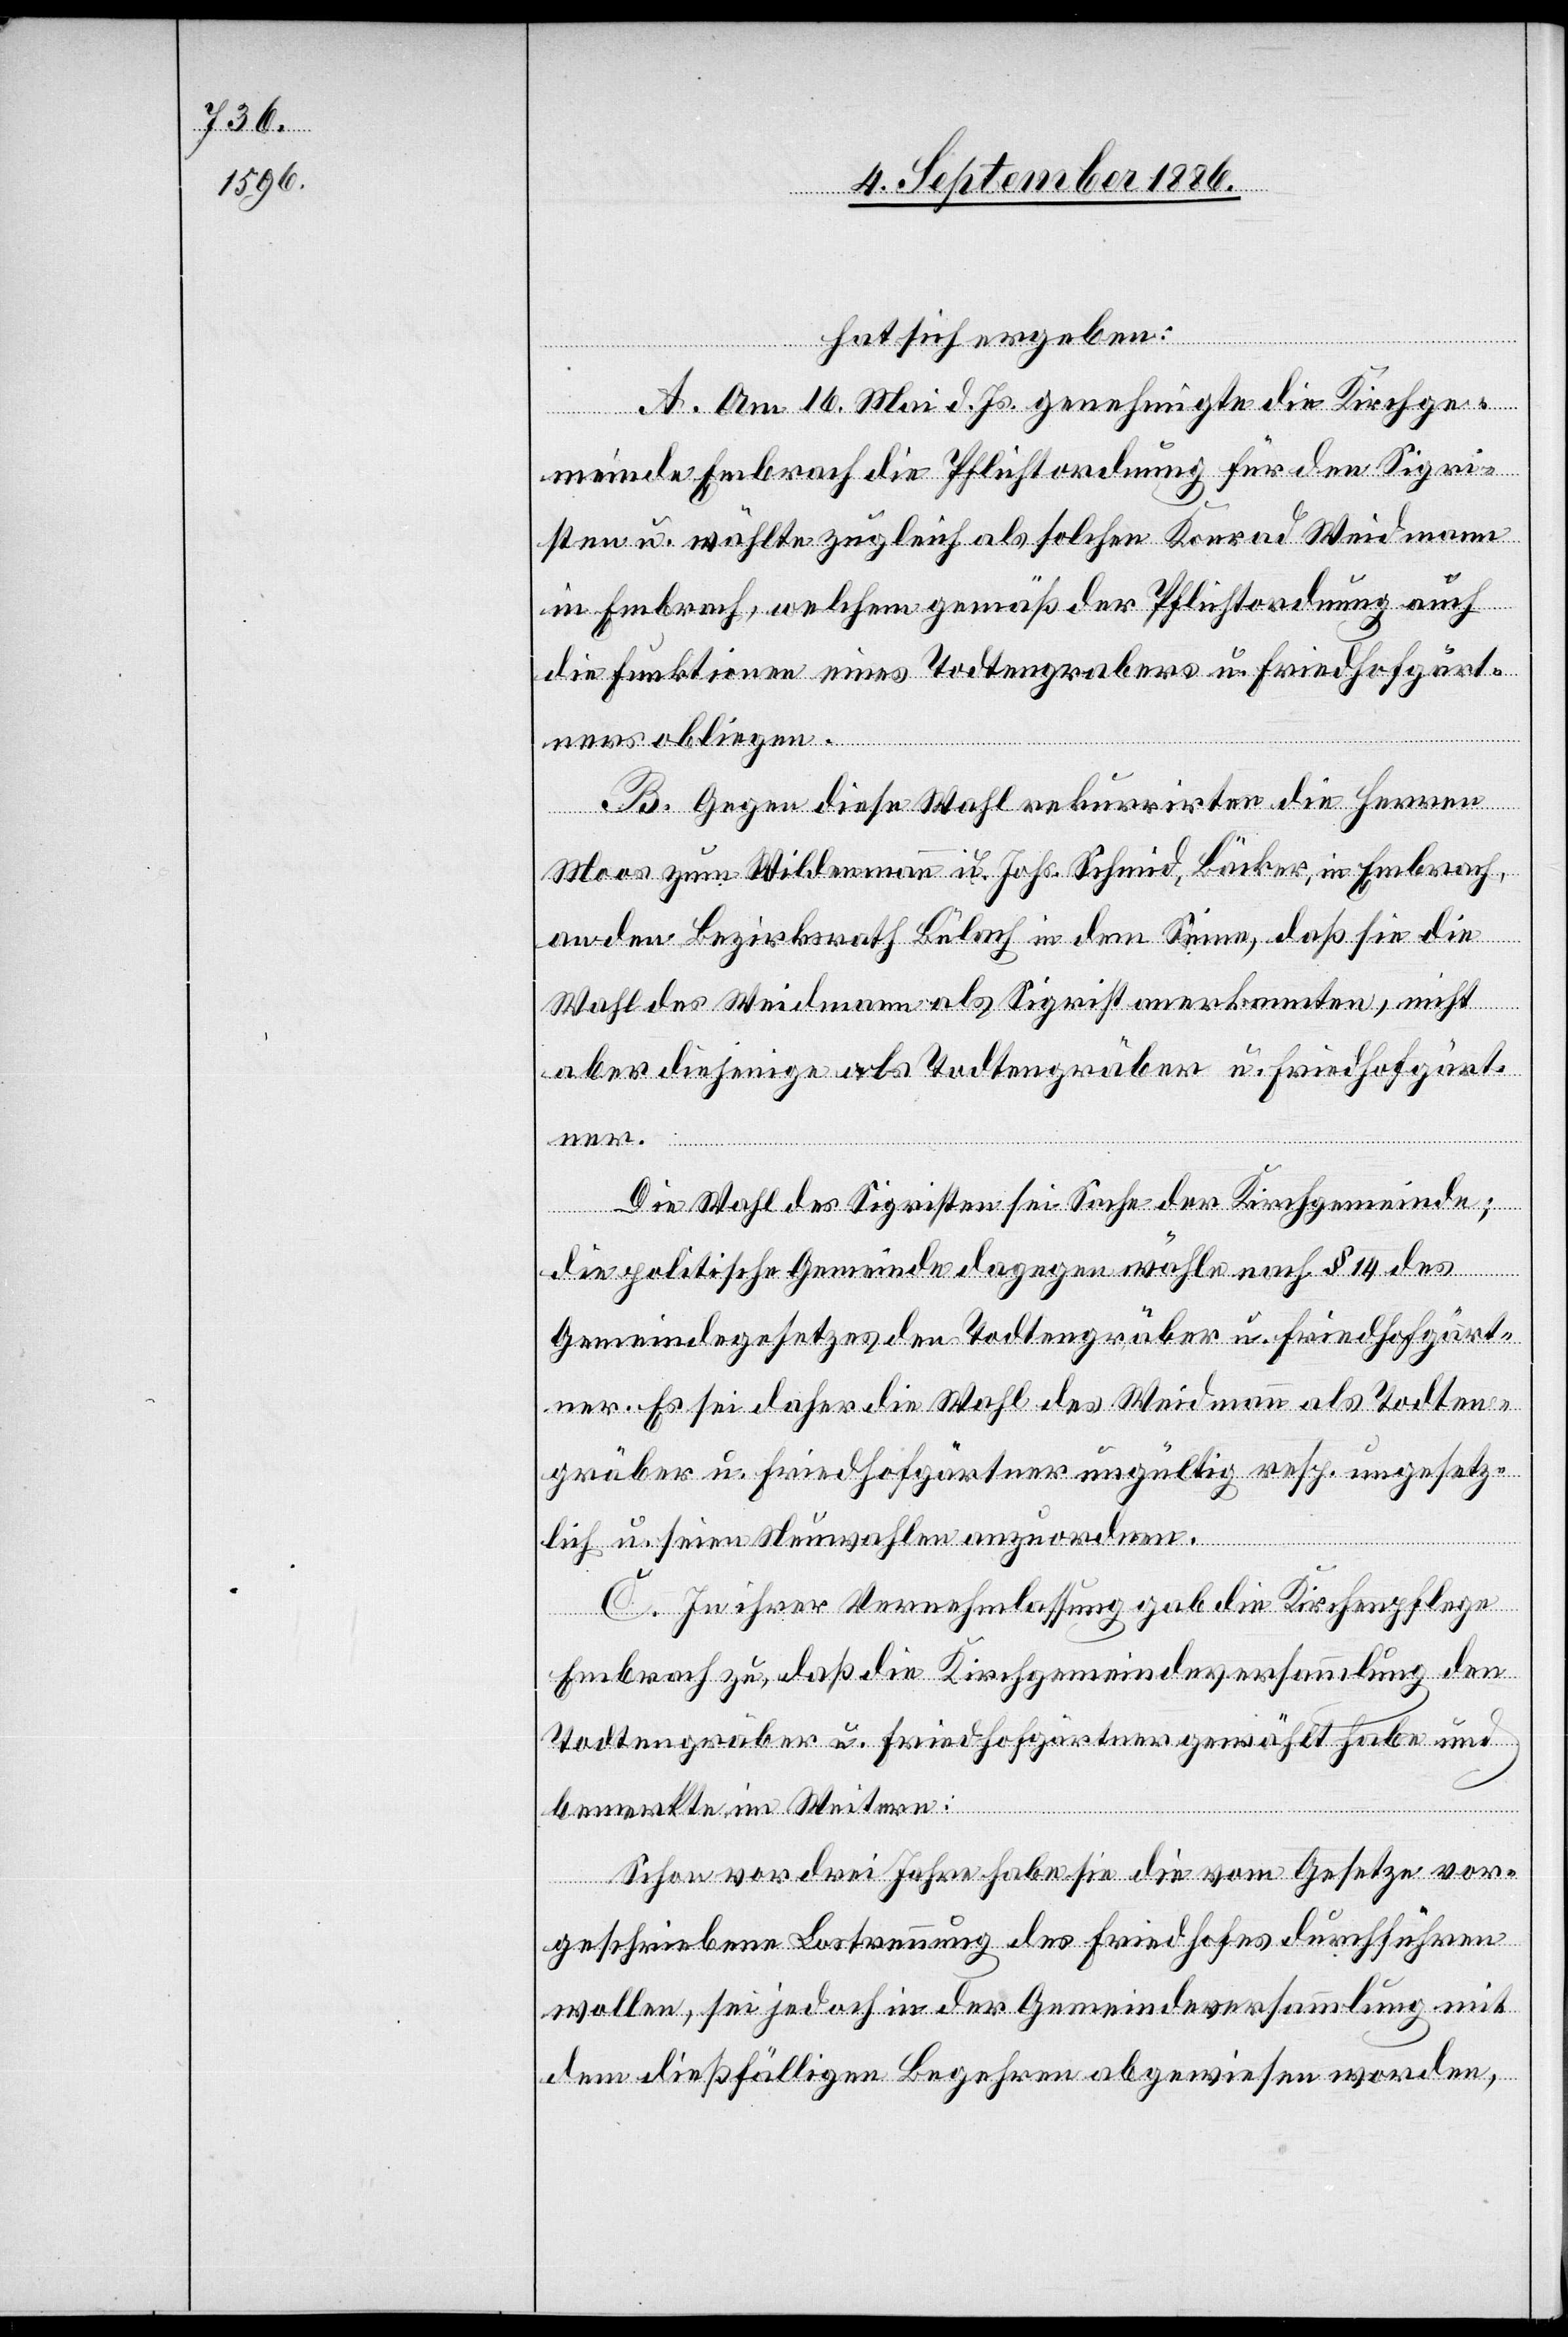
hat sich ergeben:
A. Am 16. Mai d. Js. genehmigte die Kirchge¬
meinde Embrach die Pflichtordnung für den Sigri¬
sten u. wählte zugleich als solchen Konrad Weidmann
in Embrach, welchem gemäß der Pflichtordnung auch
die Funktionen eines Todtengrabers [sic!] u. Friedhofgärt¬
ners obliegen.
B. Gegen diese Wahl rekurrirten die Herren
Moos zum Wildenmann u. Johs. Schmid, Bäcker, in Embrach,
an den Bezirksrath Bülach in dem Sinne, daß sie die
Wahl des Weidmann als Sigrist anerkannten, nicht
aber diejenige als Todtengräber u. Friedhofgärt¬
ner.
Die Wahl des Sigristen sei Sache der Kirchgemeinde;
die politische Gemeinde dagegen wähle nach § 14 des
Gemeindegesetzes den Todtengräber u. Friedhofgärt¬
ner. Es sei daher die Wahl des Weidmann als Todten¬
gräber u. Friedhofgärtner ungültig resp. ungesetz¬
lich u. seien Neuwahlen anzuordnen.
C. In ihrer Vernehmlassung gab die Kirchenpflege
Embrach zu, daß die Kirchgemeindeversammlung den
Todtengräber u. Friedhofgärtner gewählt habe und
bemerkte im Weitern:
Schon vor drei Jahren habe sie die vom Gesetze vor¬
geschriebene Lostrennung des Friedhofes durchführen
wollen, sei jedoch in der Gemeindeversammlung mit
dem dießfälligen Begehren abgewiesen worden,